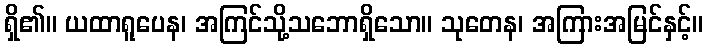
ရှိ၏။ ယထာရူပေန၊ အကြင်သို့သဘောရှိသော။ သုတေန၊ အကြားအမြင်နှင့်။